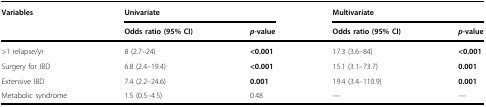
<table><thead><tr><td><b>Variables</b></td><td colspan="2"><b>Univariate</b></td><td colspan="2"><b>Multivariate</b></td></tr><tr><td></td><td><b>Odds ratio (95% CI)</b></td><td><b><i>p</i>-value</b></td><td><b>Odds ratio (95% CI)</b></td><td><b><i>p</i>-value</b></td></tr></thead><tbody><tr><td>&gt;1 relapse/yr</td><td>8 (2.7–24)</td><td><b>&lt;0.001</b></td><td>17.3 (3.6–84)</td><td><b>&lt;0.001</b></td></tr><tr><td>Surgery for IBD</td><td>6.8 (2.4–19.4)</td><td><b>&lt;0.001</b></td><td>15.1 (3.1–73.7)</td><td><b>0.001</b></td></tr><tr><td>Extensive IBD</td><td>7.4 (2.2–24.6)</td><td><b>0.001</b></td><td>19.4 (3.4–110.9)</td><td><b>0.001</b></td></tr><tr><td>Metabolic syndrome</td><td>1.5 (0.5–4.5)</td><td>0.48</td><td>—</td><td>—</td></tr></tbody></table>